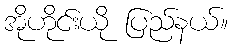
အိုဟိုင်းယို ပြည်နယ်။